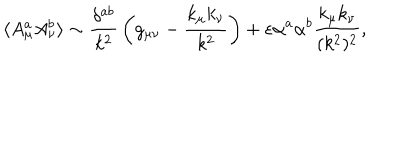
LaTeX: \langle A _ { \mu } ^ { a } A _ { \nu } ^ { b } \rangle \sim { \frac { \delta ^ { a b } } { k ^ { 2 } } } \left( g _ { \mu \nu } - { \frac { k _ { \mu } k _ { \nu } } { k ^ { 2 } } } \right) + \varepsilon \alpha ^ { a } \alpha ^ { b } { \frac { k _ { \mu } k _ { \nu } } { ( k ^ { 2 } ) ^ { 2 } } } ,